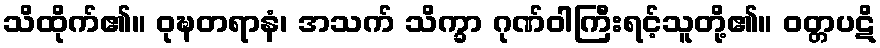
သိထိုက်၏။ ဝုဍ္ဎတရာနံ၊ အသက် သိက္ခာ ဂုဏ်ဝါကြီးရင့်သူတို့၏။ ဝတ္တပဋိ